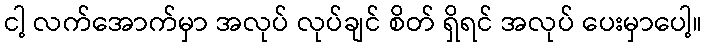
ငါ့ လက်အောက်မှာ အလုပ် လုပ်ချင် စိတ် ရှိရင် အလုပ် ပေးမှာပေါ့။